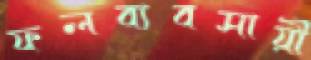
ফলব্যবসায়ী